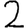
Digit: 2